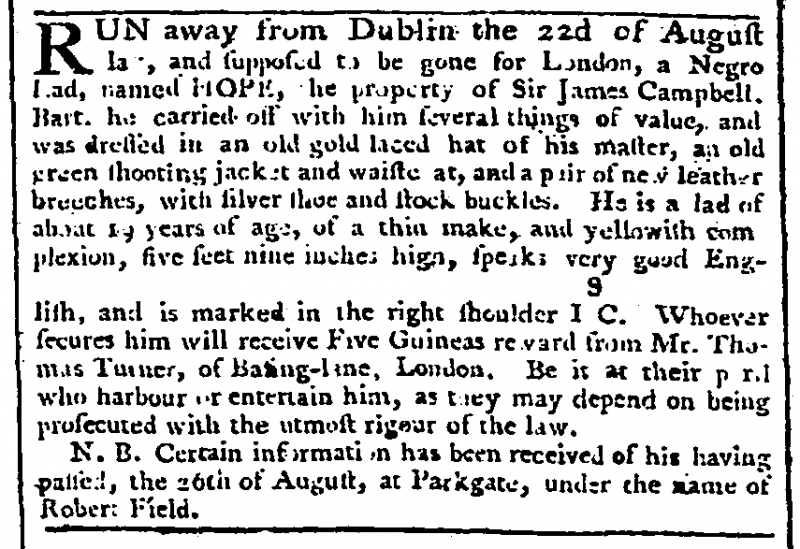
London Evening Post, 15 September 1770 (England)
RUN away from Dublin the 22d of August last, and supposed to be gone for London, a Negro Lad, named HOPE, the property of Sir James Campbell. Bart. he carried off with him several things of value, and was dressed in an old gold laced hat of his master, an old green shooting jacket and waistcoat, and a pair of new leather breeches, with silver shoe and stock buckles. He is a lad of about 19 years of age, of a thin make, and yellowish complexion, five feet nine inches high, speaks very good English, and is marked in the right shoulder I9C. Whoever secures him will receive Five Guineas reward from Mr. Thomas Turner, of Ba[s]ing-lane, London. Be it at their peril who harbour or entertain him, as they may depend on being prosecuted with the utmost rigour of the law.  N.B. Certain information has been received of his having passed, the 26th of August, at Parkgate, under the name of Robert Field.